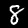
Digit: 8